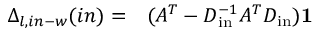
\begin{array} { r l } { \Delta _ { l , i n - w } ( i n ) = } & { { } ( A ^ { T } - D _ { \mathrm { i n } } ^ { - 1 } A ^ { T } D _ { \mathrm { i n } } ) \mathbf { 1 } } \end{array}